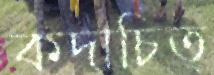
কদাচিত্